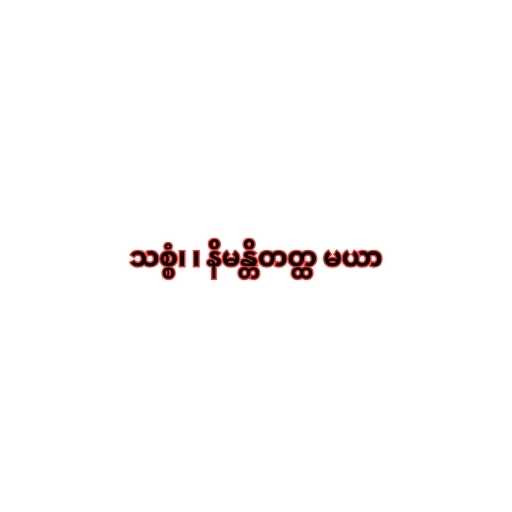
သစ္စံ၊ ၊ နိမန္တိတတ္ထ မယာ